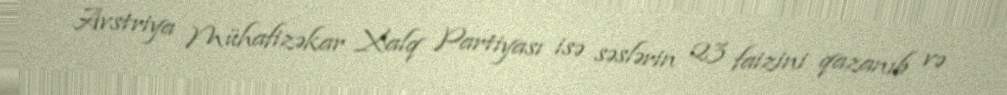
Avstriya Mühafizəkar Xalq Partiyası isə səslərin 23 faizini qazanıb və